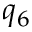
q _ { 6 }